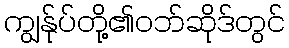
ကျွန်ုပ်တို့၏ဝဘ်ဆိုဒ်တွင်